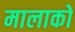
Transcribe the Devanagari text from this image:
मालाको